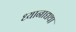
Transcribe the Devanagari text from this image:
ध्यानाद्यथा